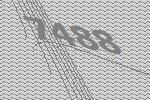
7488